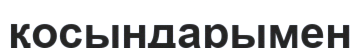
қосындарымен